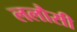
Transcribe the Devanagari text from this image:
ललौसी